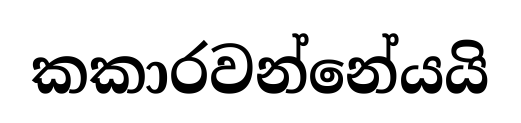
කකාරවන්නේයයි